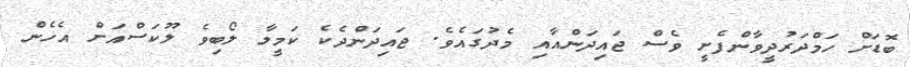
ބޮޑަށް ހަމްދަރުދީވާންފެށީ ވެސް ޖައިދަންއާއި މެދުގައެވެ. ޖައިދަންދެކެ ކަމީލާ ލޯބިވެ ލޫކަސްއަށް އެހެން